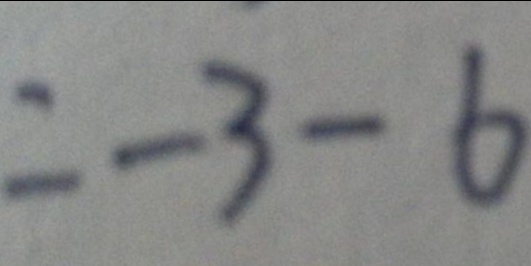
= - 3 - 6